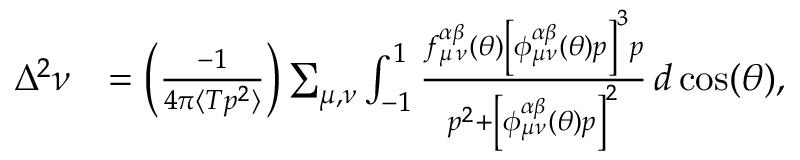
\begin{array} { r l } { \Delta ^ { 2 } \nu } & { = \left( \frac { - 1 } { 4 \pi \langle T p ^ { 2 } \rangle } \right) \sum _ { { \mu } , { \nu } } \int _ { - 1 } ^ { 1 } \frac { f _ { { \mu } \, { \nu } } ^ { \alpha \beta } ( \theta ) \left[ \phi _ { { \mu } { \nu } } ^ { \alpha \beta } ( \theta ) p \right] ^ { 3 } p } { p ^ { 2 } + \left[ \phi _ { { \mu } { \nu } } ^ { \alpha \beta } ( \theta ) p \right] ^ { 2 } } \, d \cos ( \theta ) , } \end{array}